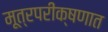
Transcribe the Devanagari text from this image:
मूत्रपरीक्षणात